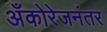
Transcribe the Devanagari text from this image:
अँकोरेजनंतर